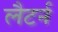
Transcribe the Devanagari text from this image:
लैटर्न